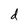
Character: d